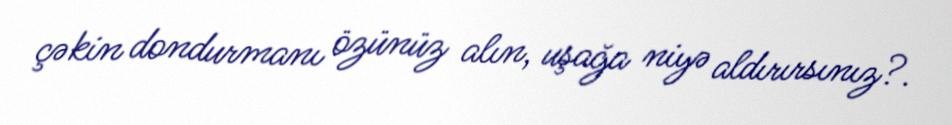
çəkin dondurmanı özünüz alın, uşağa niyə aldırırsınız?.